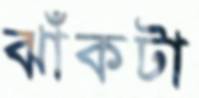
ঝাঁকটা